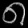
Digit: ၈